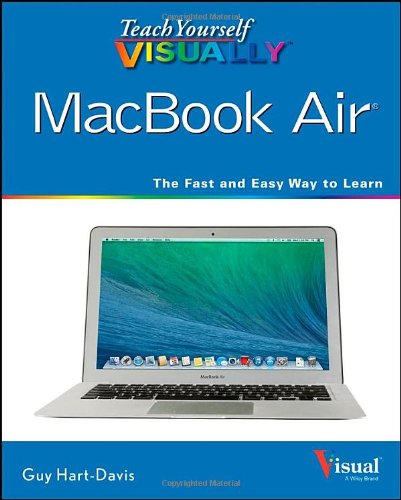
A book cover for Teach Yourself VISUALLY MacBook Air; Guy Hart-Davis; Computers & Technology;